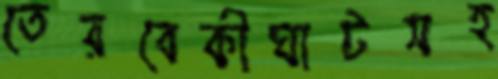
তেরবেকীঘাটসহ